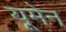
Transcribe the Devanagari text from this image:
यूमेन